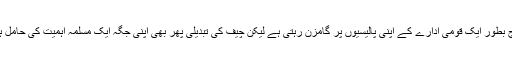
فوج بطور ایک قومی ادارے کے اپنی پالیسیوں پر گامزن رہتی ہے لیکن چیف کی تبدیلی پھر بھی اپنی جگہ ایک مسلمہ اہمیت کی حامل ہے۔